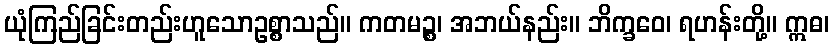
ယုံကြည်ခြင်းတည်းဟူသောဥစ္စာသည်။ ကတမဉ္စ၊ အဘယ်နည်း။ ဘိက္ခဝေ၊ ရဟန်းတို့။ ဣဓ၊